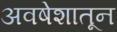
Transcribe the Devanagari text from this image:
अवषेशातून